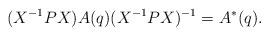
LaTeX: \begin{align*}(X^{-1}PX)A(q)(X^{-1}PX)^{-1}=A^*(q).\end{align*}